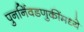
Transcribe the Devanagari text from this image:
पुनर्निवडणुकींमध्ये